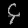
Digit: ၄